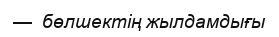
—  бөлшектің жылдамдығы